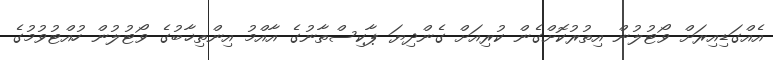
އެއްގަޑިއިރަށް ވޯޓުލުން އިތުރުކޮށްގެން ކުރިއަށް ގެންދިޔަ ޕާކިސްތާނުގެ އާއްމު އިންތިޚާބުގެ ވޯޓުލުން ހުއްޓުވުމުގެ